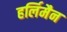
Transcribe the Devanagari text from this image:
हर्लिमैन